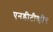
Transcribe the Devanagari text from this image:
एनडीटीव्ही९